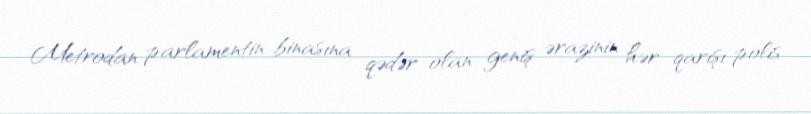
Metrodan parlamentin binasına qədər olan geniş ərazinin hər qarışı polis